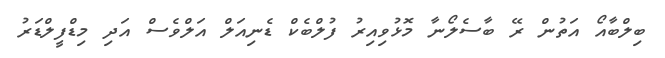
ބިލްބާއޯ އަތުން ރޭ ބާސެލޯނާ މޮޅުވިއިރު ފުލްބެކް ޑެނިއަލް އަލްވެސް އަދި މިޑްފީލްޑަރު